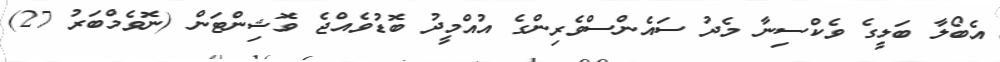
އެބޯލާ ބަލީގެ ވެކްސިނާ މެދު ސައެންސްވެރިންގެ އުއްމީދު ބޮޑުވެއްޖެ ވޮޝިންޓަން (ނޮވެމްބަރު 27)